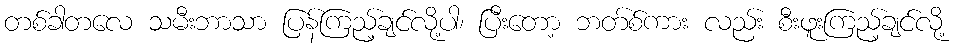
တစ်ခါတလေ သမီးဘာသာ ပြန်ကြည့်ချင်လို့ပါ၊ ပြီးတော့ ဘတ်စ်ကား လည်း စီးဖူးကြည့်ချင်လို့